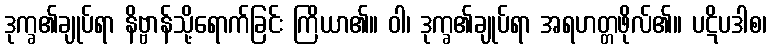
ဒုက္ခ၏ချုပ်ရာ နိဗ္ဗာန်သို့ရောက်ခြင်း ကြိယာ၏။ ဝါ၊ ဒုက္ခ၏ချုပ်ရာ အရဟတ္တဖိုလ်၏။ ပဋိပဒါစ၊